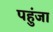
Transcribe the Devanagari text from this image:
पहुंजा